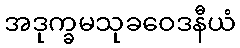
အဒုက္ခမသုခဝေဒနီယံ